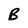
Character: B